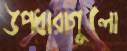
উপধারাগুলো